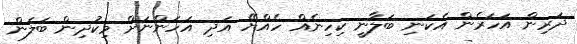
ދަރިން އަހަރެން އެކަނި ބަލާނީ ކިހިނެއް ހެއްޔޭ އަދި އަހަންނަށް މިކުދިން ބަލަން